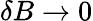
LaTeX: \delta B\rightarrow 0